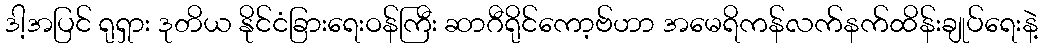
ဒါ့အပြင် ရုရှား ဒုတိယ နိုင်ငံခြားရေးဝန်ကြီး ဆာဂီရိုင်ကော့ဗ်ဟာ အမေရိကန်လက်နက်ထိန်းချုပ်ရေးနဲ့